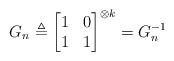
LaTeX: \begin{align*} G_n \triangleq \bigg[\begin{matrix} 1& 0 \\ 1 & 1 \end{matrix}\bigg]^{\otimes k} = G_n^{-1} \end{align*}